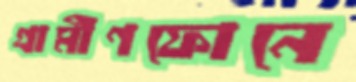
গ্রামীণফোনে